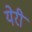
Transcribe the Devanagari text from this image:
येरी